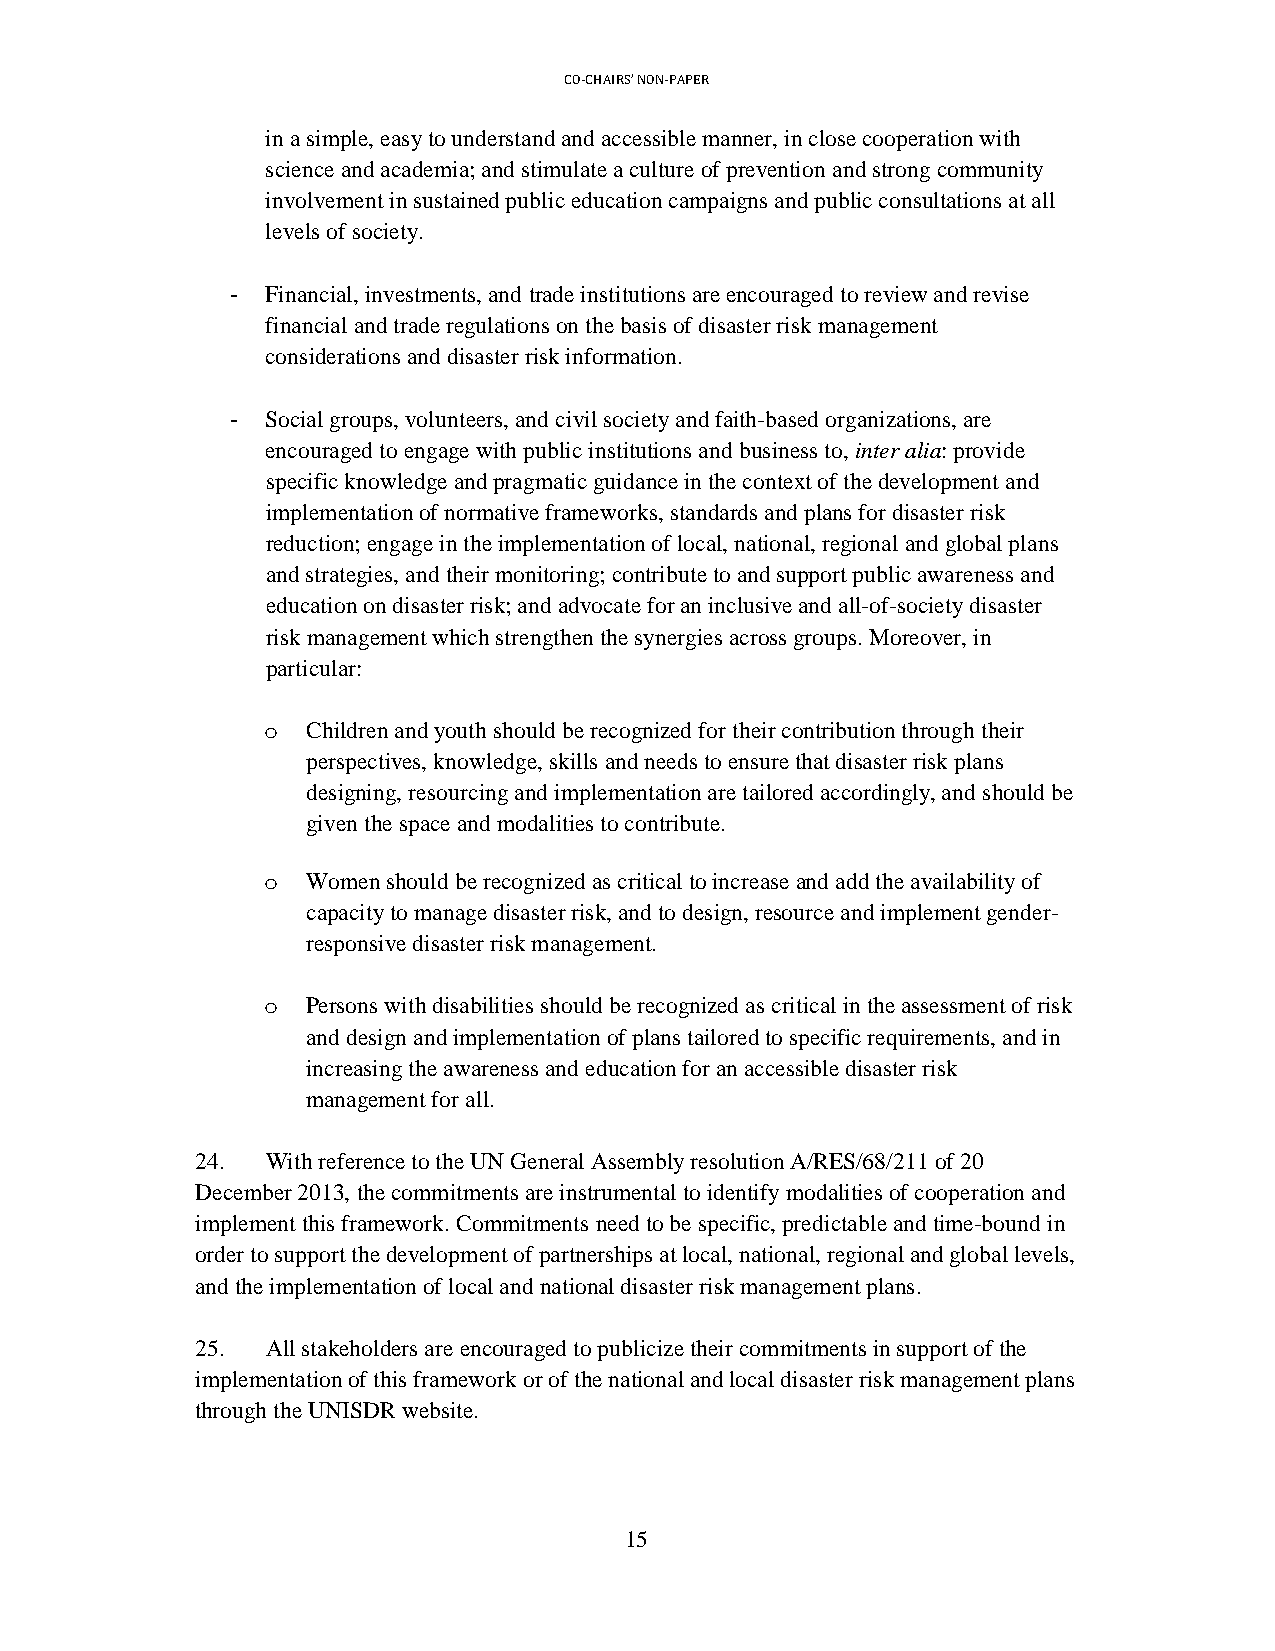
CO-CHAIRS’ NON-PAPER
 in a simple, easy to understand and accessible manner, in close cooperation with
 science and academia; and stimulate a culture of prevention and strong community
 involvement in sustained public education campaigns and public consultations at all
 levels of society.
 -  Financial, investments, and trade institutions are encouraged to review and revise
 financial and trade regulations on the basis of disaster risk management
 considerations and disaster risk information.
 -  Social groups, volunteers, and civil society and faith-based organizations, are
 encouraged to engage with public institutions and business to, inter alia: provide
 specific knowledge and pragmatic guidance in the context of the development and
 implementation of normative frameworks, standards and plans for disaster risk
 reduction; engage in the implementation of local, national, regional and global plans
 and strategies, and their monitoring; contribute to and support public awareness and
 education on disaster risk; and advocate for an inclusive and all-of-society disaster
 risk management which strengthen the synergies across groups. Moreover, in
 particular:
 o  Children and youth should be recognized for their contribution through their
 perspectives, knowledge, skills and needs to ensure that disaster risk plans
 designing, resourcing and implementation are tailored accordingly, and should be
 given the space and modalities to contribute.
 o  Women should be recognized as critical to increase and add the availability of
 capacity to manage disaster risk, and to design, resource and implement gender-
 responsive disaster risk management.
 o  Persons with disabilities should be recognized as critical in the assessment of risk
 and design and implementation of plans tailored to specific requirements, and in
 increasing the awareness and education for an accessible disaster risk
 management for all.
 24.  With reference to the UN General Assembly resolution A/RES/68/211 of 20
 December 2013, the commitments are instrumental to identify modalities of cooperation and
 implement this framework. Commitments need to be specific, predictable and time-bound in
 order to support the development of partnerships at local, national, regional and global levels,
 and the implementation of local and national disaster risk management plans.
 25.  All stakeholders are encouraged to publicize their commitments in support of the
 implementation of this framework or of the national and local disaster risk management plans
 through the UNISDR website.
 15